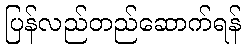
ပြန်လည်တည်ဆောက်ရန်